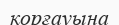
қорғауына